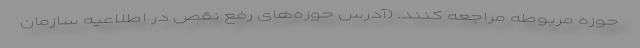
حوزه مربوطه مراجعه کنند. (آدرس حوزه‌های رفع نقص در اطلاعیه سازمان